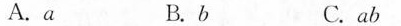
A.a B.b C.a